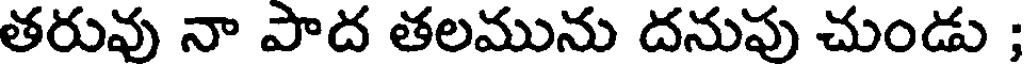
తరువు నా పాద తలమును దనుపు చుండు ;